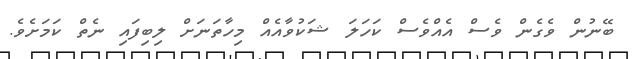
ބޭނުން ވެގެން ވެސް އެއްވެސް ކަހަލަ ޝަކުވާއެއް މިހާތަނަށް ލިބިފައި ނެތް ކަމަށެވެ.